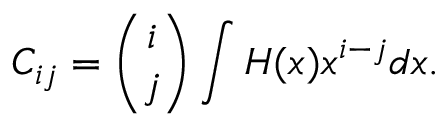
{ C } _ { i j } = \binom { i } { j } \int H ( x ) x ^ { i - j } d x .